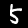
Digit: 5